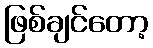
ဖြစ်ချင်တော့